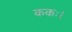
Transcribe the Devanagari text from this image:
ककः।